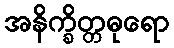
အနိက္ခိတ္တဓုရော